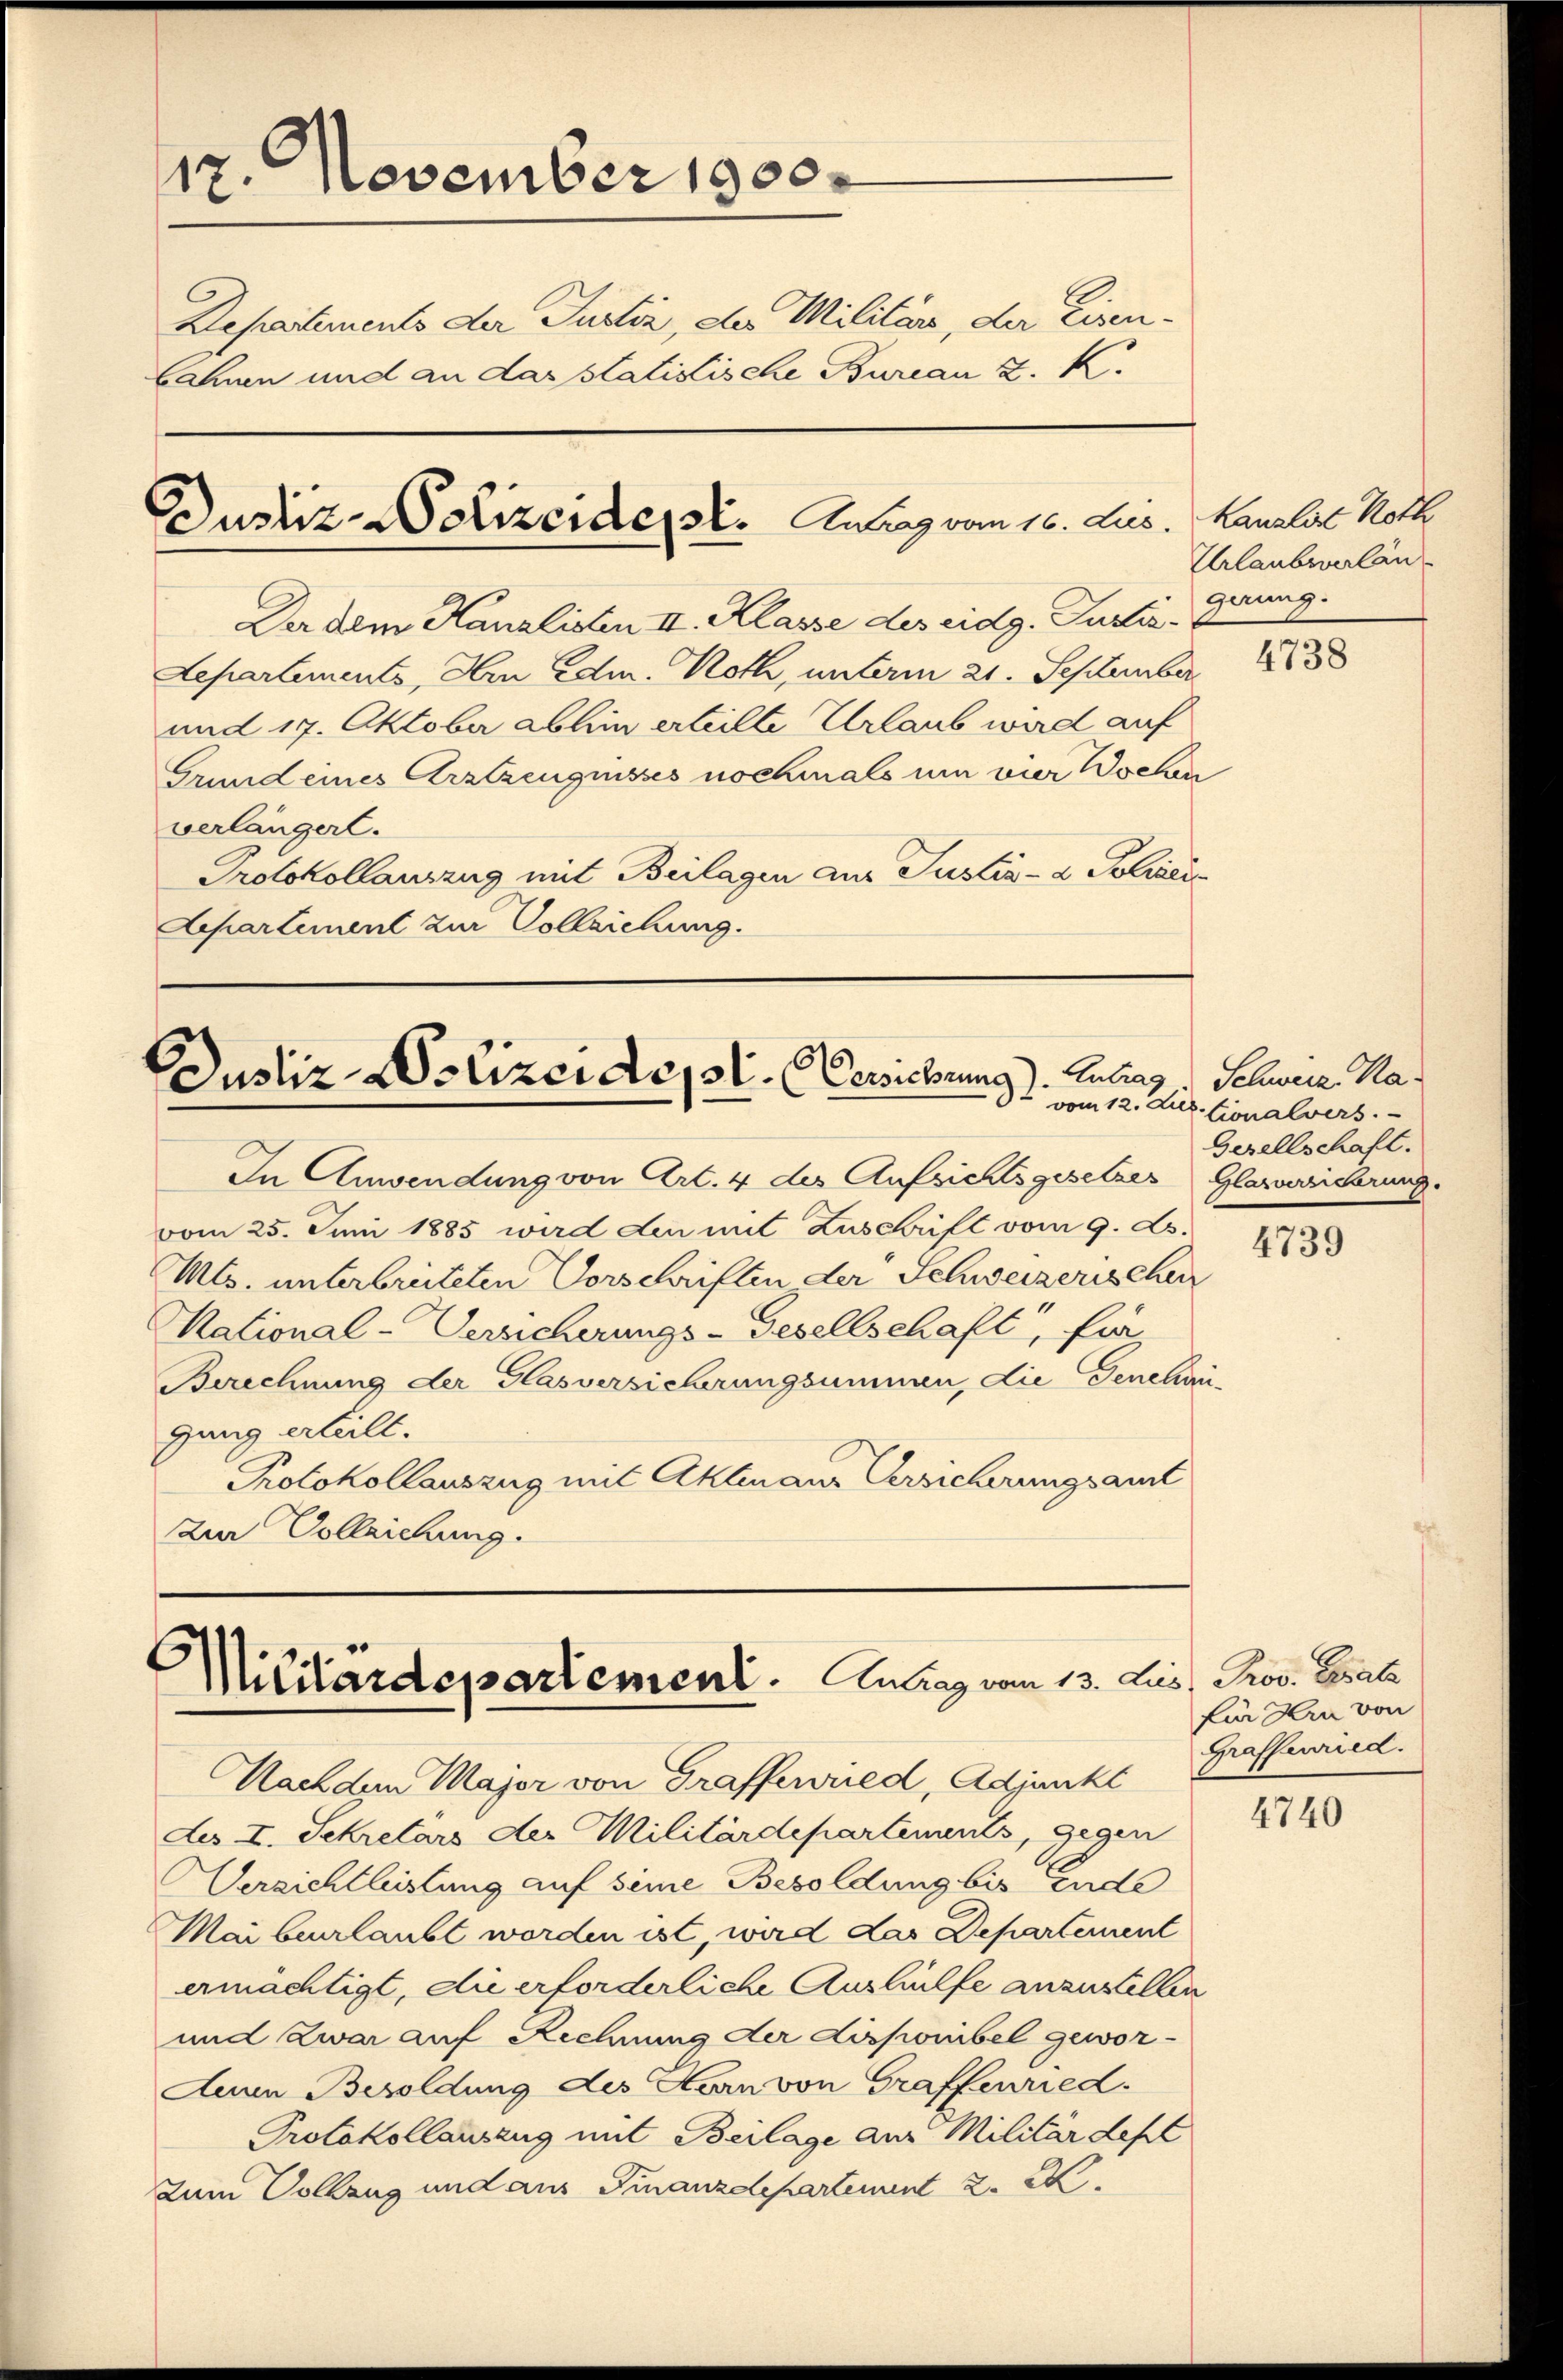
127. November 1900.
Departements der Justiz, der Militärs, der Eisenbahnen und an das statistische Bureau K. K.
Dustiz-Polizeiden St. Anlag vom 16. Jus

Der dem Kanzlisten II. Klasse des eidg. Justiz¬
Departements, Am Edm. Roth, unterm 21. September
und 17. Oktober abhin erteilte Urlaub ward auf
Grund eines Arztzeugnisses nochmals um vier Wochen
Protokollauszug mit Beilagen aus Justiz- & Polizei¬

Justiz-Polizei dot. Verschrung). Antrag, Schweiz. Na

In Anwendung von Art. 4 der Aufsichtsgesetzes Glasversicherung.
vom 25. Juni 1885 wird den mit Zuschrift vom 9. ds.
Mts. unterbreiteten Vorschriften der Schweizerischen
National-Versicherungs-Gesellschaft, für
Berechnung der Glasversicherungsummen, die Genehmi-
ganz erteilt.
Protokollauszug mit Aktenaus Versicherungsamt
Im Vollziehung.

6
Militärdepartement. Antrag vom 13. Jus, Prov. Gesatz

Nachdem Major von Graffewred, Adjunkt
des I. Sekretärs der Militärdepartements, gegen
Versichtleistung auf seine Besoldung bis Ende
Mai beurlaubt worden ist, wird das Departement
ermächtigt, die erforderliche Aushülfe anzustellen
und zwar auf Rechnung der disponibel gewor¬
Aunn Besoldung des Herrn von Graffenried.
Protokollauszug mit Beilage aus Militärdept
Zum Vollzug und aus Finanzdepartement

verlängerl.
Aepartement zur Vollziehung.

Kanalis Roth
Urlaubwverlän
gaung.

4738

vom 12. Justionalvers.
Gesellschaft.

4739

für Hrn von
Graffenried.

4740